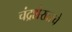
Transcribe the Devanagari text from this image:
चंद्रशेखरचे